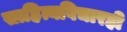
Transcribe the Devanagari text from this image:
साहित्यविचारही